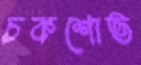
চকশোভ